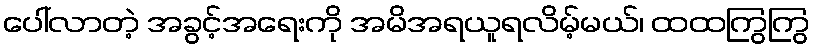
ပေါ်လာတဲ့ အခွင့်အရေးကို အမိအရယူရလိမ့်မယ်၊ ထထကြွကြွ